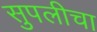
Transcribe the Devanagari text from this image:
सुपलीचा